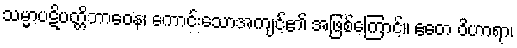
သမ္မာပဋိပတ္တိဘာဝေန၊ ကောင်းသောအကျင့်၏ အဖြစ်ကြောင့်။ ဧတေ ဝိဟာရာ၊